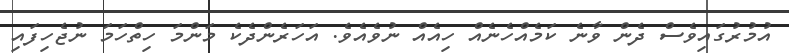
އުމުރުގައިވެސް ދެން ވާނެ ކަމެއްހެނެއް ހިއެއް ނުވެއެވެ. އަހަރެންދެކެ މަންމަ ހިތްހަމަ ނުޖެހިފައި